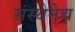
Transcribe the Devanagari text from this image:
संस्थेनेच